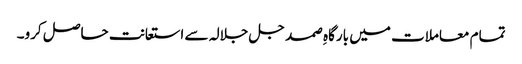
تمام معاملات میں بارگاہِ صمد جل جلالہ سے استعانت حاصل کرو۔